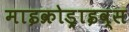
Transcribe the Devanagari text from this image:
माइक्रोड्राइव्स